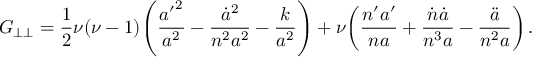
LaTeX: G _ { \perp \perp } = \frac { 1 } { 2 } \nu ( \nu - 1 ) \! \left( \frac { { a ^ { \prime } } ^ { 2 } } { a ^ { 2 } } - \frac { \dot { a } ^ { 2 } } { n ^ { 2 } a ^ { 2 } } - \frac { k } { a ^ { 2 } } \right) + \nu \! \left( \frac { n ^ { \prime } a ^ { \prime } } { n a } + \frac { \dot { n } \dot { a } } { n ^ { 3 } a } - \frac { \ddot { a } } { n ^ { 2 } a } \right) .